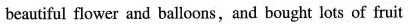
beautiful flower and balloons,and bought lots of fruit